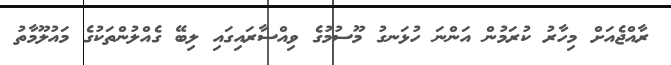
ރާއްޖެއަށް މިހާރު ކުރަމުން އަންނަ ހުޅަނގު މޫސުމުގެ ވިއްސާރައިގައި ލިބޭ ގެއްލުންތަކުގެ މައުލޫމާތު